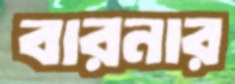
বারনার